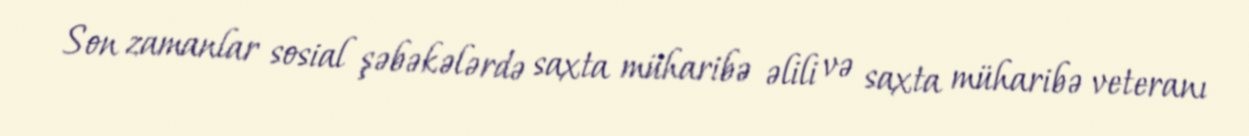
Son zamanlar sosial şəbəkələrdə saxta müharibə əlili və saxta müharibə veteranı